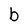
Character: b